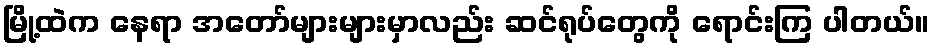
မြို့ထဲက နေရာ အတော်များများမှာလည်း ဆင်ရုပ်တွေကို ရောင်းကြ ပါတယ်။